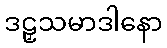
ဒဠှသမာဒါနော